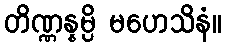
တိဏ္ဏန္နမ္ပိ မဟေသိနံ။